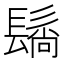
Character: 𬴬